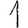
Digit: 1